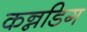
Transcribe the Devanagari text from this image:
कन्नडिग